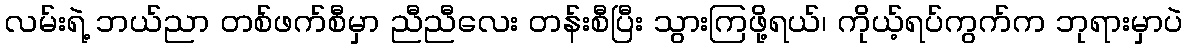
လမ်းရဲ့ ဘယ်ညာ တစ်ဖက်စီမှာ ညီညီလေး တန်းစီပြီး သွားကြဖို့ရယ်၊ ကိုယ့်ရပ်ကွက်က ဘုရားမှာပဲ